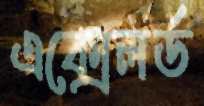
এক্সেলর্ড